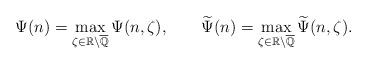
LaTeX: \begin{align*}\Psi(n)= \max_{\zeta\in \mathbb{R}\setminus{\overline{\mathbb{Q}}}}\Psi(n,\zeta), \qquad\widetilde{\Psi}(n)= \max_{\zeta\in \mathbb{R}\setminus{\overline{\mathbb{Q}}}}\widetilde{\Psi}(n,\zeta). \end{align*}